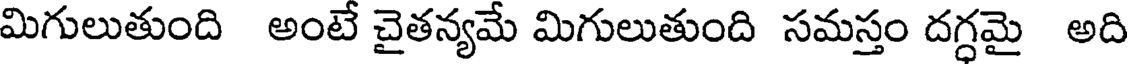
మిగులుతుంది అంటే చైతన్యమే మిగులుతుంది సమస్తం దగ్ధమై అది